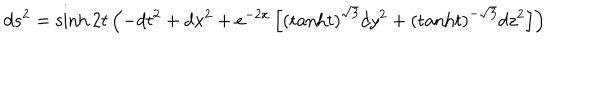
d s ^ { 2 } = \sinh 2 t \left( - d t ^ { 2 } + d x ^ { 2 } + e ^ { - 2 x } \left[ \left( \mathrm { t a n h } t \right) ^ { \sqrt { 3 } } d y ^ { 2 } + \left( \mathrm { t a n h } t \right) ^ { - \sqrt { 3 } } d z ^ { 2 } \right] \right)